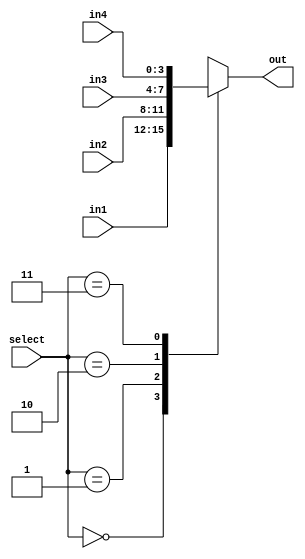
`timescale 1ns / 1ps
//////////////////////////////////////////////////////////////////////////////////
// Company: 
// Engineer: 
// 
// Design Name: 
// Module Name: mux
// Project Name: 
// Target Devices: 
// Tool Versions: 
// Description: 
// 
// Dependencies: 
// 
// Revision:
// Revision 0.01 - File Created
// Additional Comments:
// 
//////////////////////////////////////////////////////////////////////////////////


module mux(
 input wire [3:0] in1, in2, in3, in4,
 input wire [1:0] select,
 output reg [3:0] out
);
  always@* begin 
   case (select)
     2'b00: out = in1;
     2'b01: out = in2;
     2'b10: out = in3;
     2'b11: out = in4;
   default: out = 4'bx;
endcase 
end
endmodule